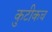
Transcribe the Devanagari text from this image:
कुटीकच